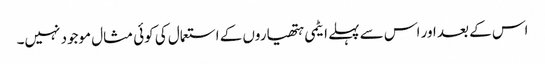
اس کے بعد اور اس سے پہلے ایٹمی ہتھیاروں کے استعمال کی کوئی مثال موجود نہیں۔